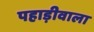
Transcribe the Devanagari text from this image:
पहाड़ीवाला